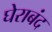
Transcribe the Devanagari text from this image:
घेराबंद